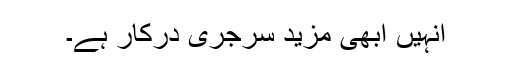
انہیں ابھی مزید سرجری درکار ہے۔